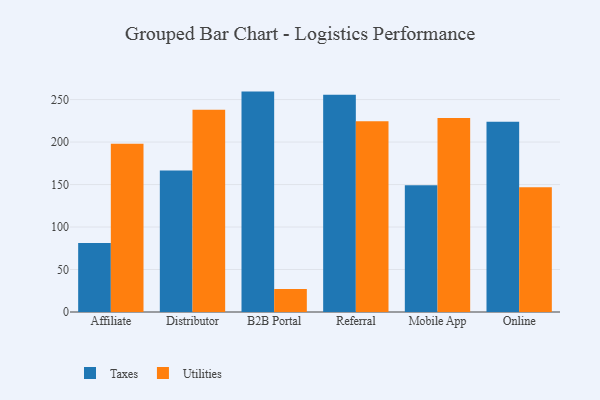
{"axis": {"x": "Channel", "y": "Bounce Rate (%)"}, "legend": ["Taxes", "Utilities"], "data": [{"x": "Affiliate", "y": 81.3, "type": "Taxes"}, {"x": "Affiliate", "y": 197.9, "type": "Utilities"}, {"x": "Distributor", "y": 166.4, "type": "Taxes"}, {"x": "Distributor", "y": 238.1, "type": "Utilities"}, {"x": "B2B Portal", "y": 259.4, "type": "Taxes"}, {"x": "B2B Portal", "y": 27.0, "type": "Utilities"}, {"x": "Referral", "y": 255.7, "type": "Taxes"}, {"x": "Referral", "y": 224.4, "type": "Utilities"}, {"x": "Mobile App", "y": 149.3, "type": "Taxes"}, {"x": "Mobile App", "y": 228.4, "type": "Utilities"}, {"x": "Online", "y": 223.9, "type": "Taxes"}, {"x": "Online", "y": 146.7, "type": "Utilities"}]}